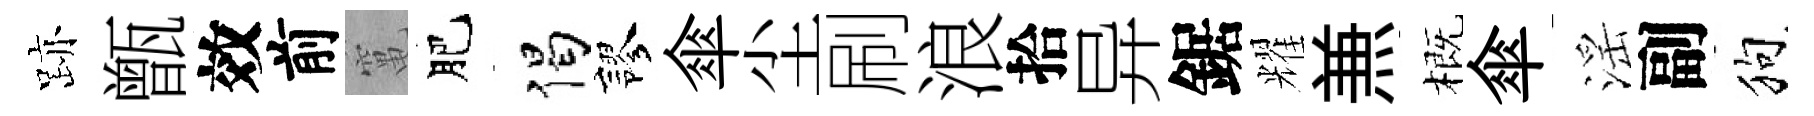
跡甑效前𥧄肥偈謬傘尘刷浪拾异鋸耀𠔥概傘滛副狗